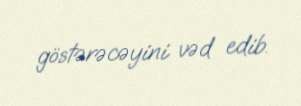
göstərəcəyini vəd edib.